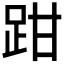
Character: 𫏄